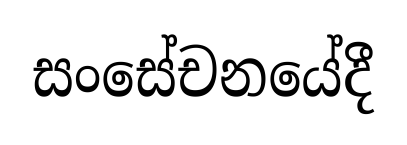
සංසේචනයේදී